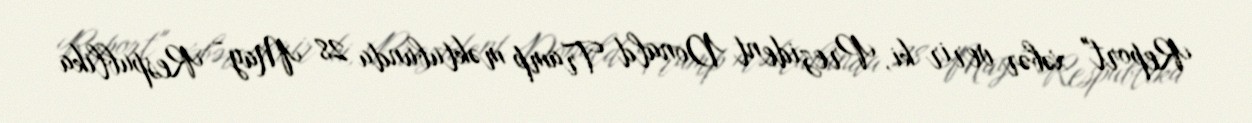
Report" xəbər verir ki, Prezident Donald Tramp məktubunda 28 May - Respublika